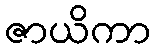
ဇာယိကာ